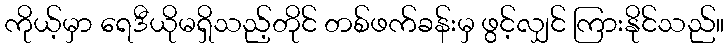
ကိုယ့်မှာ ရေဒီယိုမရှိသည့်တိုင် တစ်ဖက်ခန်းမှ ဖွင့်လျှင် ကြားနိုင်သည်။